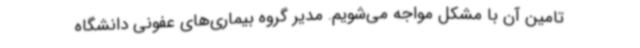
تامین آن با مشکل مواجه می‌شویم. مدیر گروه بیماری‌های عفونی دانشگاه